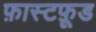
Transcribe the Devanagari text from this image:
फ़ास्टफ़ूड